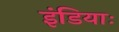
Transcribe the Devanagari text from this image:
इंडियाः